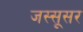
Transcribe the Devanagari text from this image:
जस्सूसर